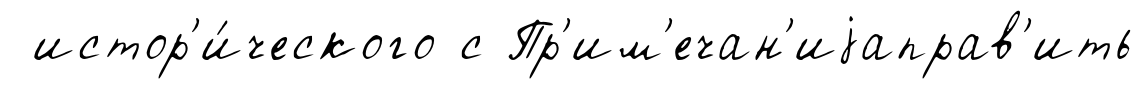
истор'и́ческого с Пр'им'ечан'иjаправ'ить